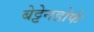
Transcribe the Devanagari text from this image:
बेट्टेनडोर्फ